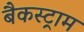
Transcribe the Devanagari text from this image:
बैकस्ट्राम